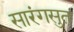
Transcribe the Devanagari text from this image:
सारंगसुत